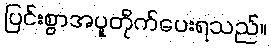
ပြင်းစွာအပူတိုက်ပေးရသည်။